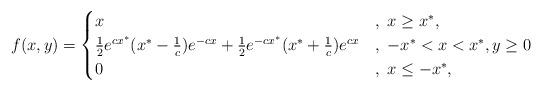
LaTeX: \begin{align*}&f(x,y)=\begin{cases}x&,\;x\geq x^*,\\\frac{1}{2}e^{cx^*}(x^*-\frac{1}{c})e^{-cx}+\frac{1}{2}e^{-cx^*}(x^*+\frac{1}{c})e^{cx}&,\;-x^*< x<x^*, y\geq0\\0&,\;x\leq-x^*,\end{cases}\end{align*}